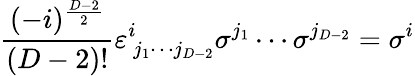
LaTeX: \frac{(-i)^{\frac{D-2}{2}}}{(D-2)!}\varepsilon_{\, j_{1}\cdots j_{D-2}}^{i}\sigma^{j_{1}}\cdots\sigma^{j_{D-2}}=\sigma^{i}